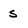
Character: s